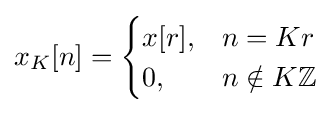
x_{K}[n]={\begin{cases}x[r],&n=Kr\\0,&n\notin K\mathbb {Z} \end{cases}}